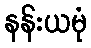
နန်းယမုံ